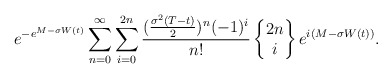
\begin{align*} e^{-e^{M-\sigma W(t)}}\sum_{n=0}^{\infty}\sum_{i=0}^{2n}\frac{(\frac{\sigma ^{2}(T-t) }{2})^{n}(-1)^{i}}{n!}\begin{Bmatrix}2n \\i\end{Bmatrix}e^{i(M-\sigma W(t))}.\end{align*}